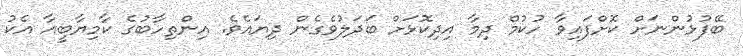
ބޭފުޅުންނަށް ކޮށްފައިވާ ހުކުމް ދިމާ އިދިކޮޅަށް ބަދަލުވެގެން ދިޔައެވެ. އިންތިހާބުގެ ކާމިޔާބީއާ އެކު